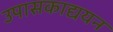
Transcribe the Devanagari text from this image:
उपासकाद्ययन